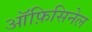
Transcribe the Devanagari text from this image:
ऑफ़िसिनेल